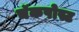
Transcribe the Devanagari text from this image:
चॅकपोस्ट